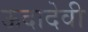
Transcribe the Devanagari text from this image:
ऊदादेवी